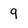
Character: 9